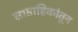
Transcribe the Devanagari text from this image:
साप्ताहिकांतून